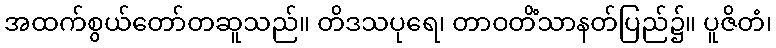
အထက်စွယ်တော်တဆူသည်။ တိဒသပုရေ၊ တာဝတိံသာနတ်ပြည်၌။ ပူဇိတံ၊